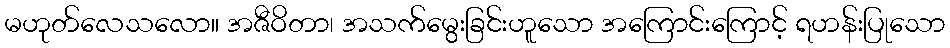
မဟုတ်လေသလော။ အဇီဝိတာ၊ အသက်မွေးခြင်းဟူသော အကြောင်းကြောင့် ရဟန်းပြုသော